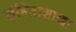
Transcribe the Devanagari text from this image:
संहिताशाखा